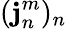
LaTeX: (\mathbf{j}_{n}^{m})_{n}